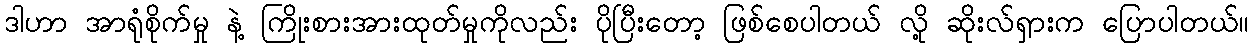
ဒါဟာ အာရုံစိုက်မှု နဲ့ ကြိုးစားအားထုတ်မှုကိုလည်း ပိုပြီးတော့ ဖြစ်စေပါတယ် လို့ ဆိုးလ်ရှားက ပြောပါတယ်။